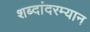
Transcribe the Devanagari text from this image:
शब्दांदरम्यान